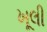
ખૂલી